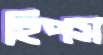
হিপস